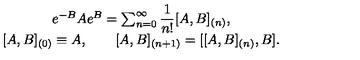
\begin{array} { c } { e ^ { - B } A e ^ { B } = \sum _ { n = 0 } ^ { \infty } \displaystyle \frac 1 { n ! } [ A , B ] _ { ( n ) } , } \\ { { } [ A , B ] _ { ( 0 ) } \equiv A , \qquad [ A , B ] _ { ( n + 1 ) } = [ [ A , B ] _ { ( n ) } , B ] . } \\ \end{array}